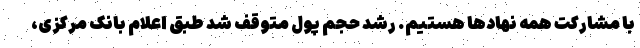
با مشارکت همه نهادها هستیم. رشد حجم پول متوقف شد طبق اعلام بانک مرکزی،